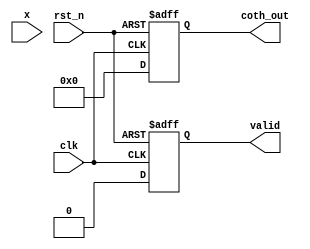
module hyperbolic_cotangent #(
    parameter N = 16, // Input width
    parameter M = 16  // Output width
)(
    input wire clk,
    input wire rst_n,
    input wire [N-1:0] x, // Input value
    output reg [M-1:0] coth_out, // Output value
    output reg valid // Flag to indicate valid output
);
    
    // Internal signals
    reg [N-1:0] exp_x;
    reg [N-1:0] exp_neg_x;
    reg [N-1:0] cosh_x;
    reg [N-1:0] sinh_x;
    reg [N-1:0] coth_temp;

    // Function to calculate e^x (simple approximation, should be replaced with a proper method)
    function [N-1:0] exp_function;
        input [N-1:0] val;
        begin
            // This is a placeholder for an exponential function approximation.
            // You may implement a Taylor series, LUT, or CORDIC here.
            exp_function = (1 << (val + (1 << (N-1)))) >> (1 << (N-1)); // Simplified placeholder
        end
    endfunction

    // Main process
    always @(posedge clk or negedge rst_n) begin
        if (!rst_n) begin
            coth_out <= 0;
            valid <= 0;
        end else begin
            // Check for special case: coth(0) is undefined
            if (x == 0) begin
                coth_out <= 0; // Set to undefined or an appropriate value
                valid <= 0;
            end else begin
                // Calculate e^x and e^-x
                exp_x = exp_function(x);
                exp_neg_x = exp_function(-x);
                
                // Calculate cosh(x) and sinh(x)
                cosh_x = (exp_x + exp_neg_x) >> 1; // cosh(x) = (e^x + e^-x) / 2
                sinh_x = (exp_x - exp_neg_x) >> 1; // sinh(x) = (e^x - e^-x) / 2

                // Handle division by zero (sinh(x) = 0)
                if (sinh_x == 0) begin
                    coth_out <= 0; // Set to undefined or an appropriate value
                    valid <= 0;
                end else begin
                    // Calculate coth(x) = cosh(x) / sinh(x)
                    coth_temp = cosh_x * (1 << (M - N)); // Scale up for division
                    coth_out = coth_temp / sinh_x; // Division
                    valid <= 1; // Indicate valid output
                end
            end
        end
    end
endmodule